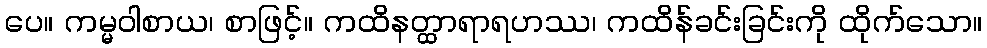
ပေ။ ကမ္မဝါစာယ၊ စာဖြင့်။ ကထိနတ္ထာရာရဟဿ၊ ကထိန်ခင်းခြင်းကို ထိုက်သော။